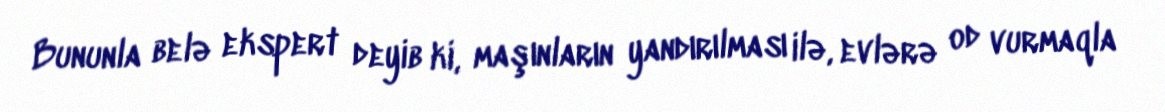
Bununla belə ekspert deyib ki, maşınların yandırılması ilə, evlərə od vurmaqla